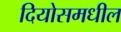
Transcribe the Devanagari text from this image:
दियोसमधील